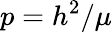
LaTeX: p=h^{2}/\mu